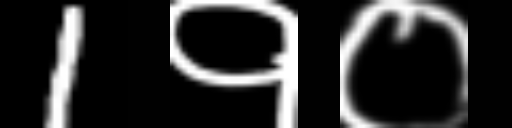
Text: 1१०